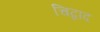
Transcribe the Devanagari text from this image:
चिद्वाद